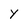
Character: Y